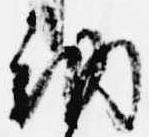
納